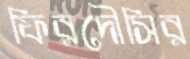
ফিরদৌসির